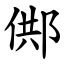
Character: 䣏